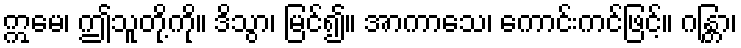
ဣမေ၊ ဤသူတို့ကို။ ဒိသွာ၊ မြင်၍။ အာကာသေ၊ ကောင်းကင်ဖြင့်။ ဂန္တြာ၊